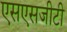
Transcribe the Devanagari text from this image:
एसएसजीटी